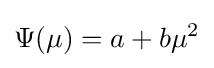
\Psi (\mu )=a+b\mu ^{2}